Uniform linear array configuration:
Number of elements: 4
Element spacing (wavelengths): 0.5
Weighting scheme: hamming
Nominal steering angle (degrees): -45
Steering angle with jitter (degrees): -43.289
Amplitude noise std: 0.05
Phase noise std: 0.05

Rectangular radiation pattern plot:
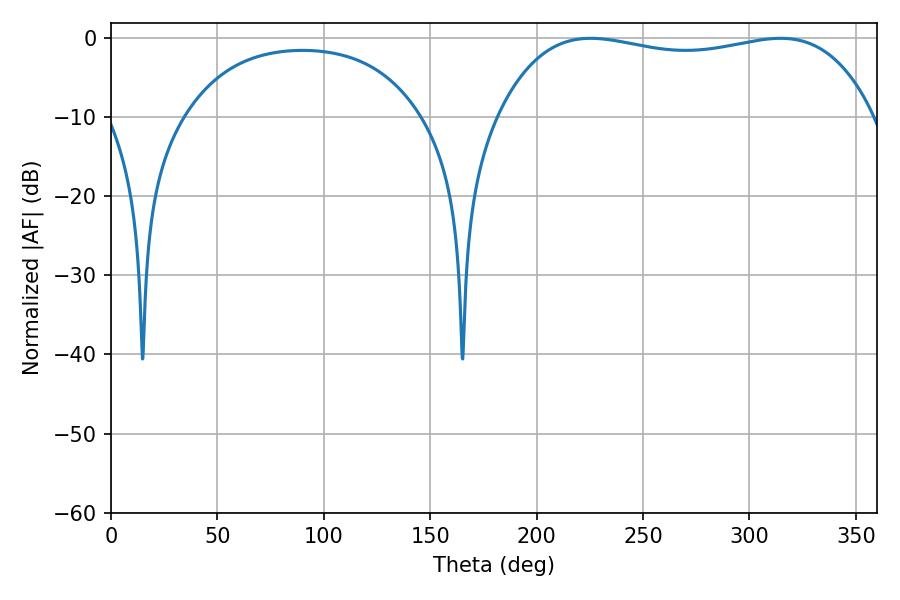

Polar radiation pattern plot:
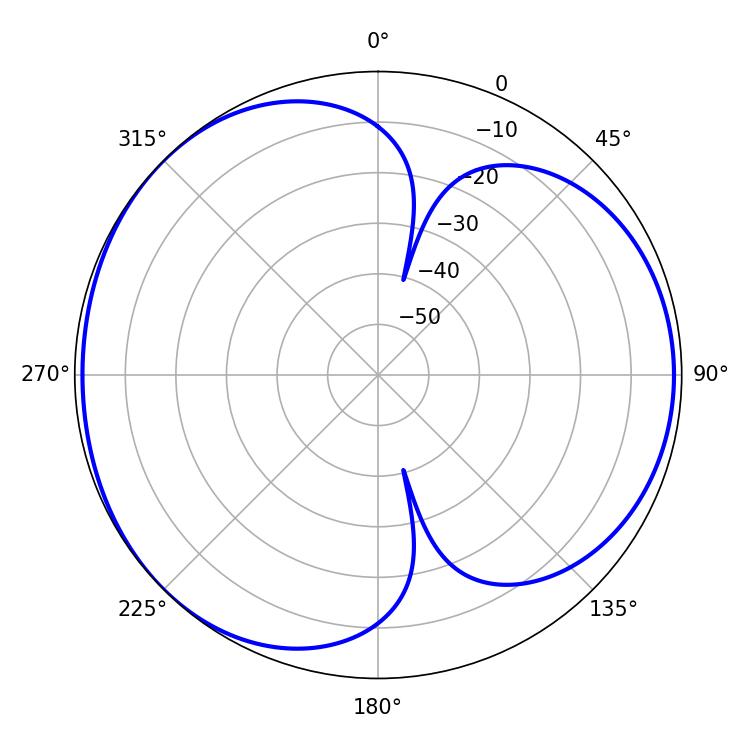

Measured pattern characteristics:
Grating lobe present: FALSE
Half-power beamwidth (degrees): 142.92
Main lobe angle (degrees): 225.36